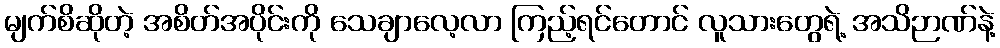
မျက်စိဆိုတဲ့ အစိတ်အပိုင်းကို သေချာလေ့လာ ကြည့်ရင်တောင် လူသားတွေရဲ့ အသိဉာဏ်နဲ့